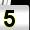
Digit: 5